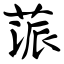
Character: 蒎